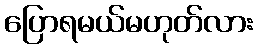
ပြောရမယ်မဟုတ်လား